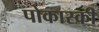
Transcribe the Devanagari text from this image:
पोकास्की